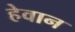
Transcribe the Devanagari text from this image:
हेवान